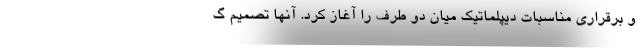
و برقراری مناسبات دیپلماتیک میان دو طرف را آغاز کرد. آنها تصمیم گ